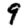
Digit: 9